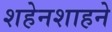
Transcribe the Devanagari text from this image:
शहेनशाहने